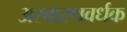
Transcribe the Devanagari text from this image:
अस्वास्थवर्धक